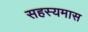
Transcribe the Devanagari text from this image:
सहस्यमास